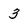
Character: 3